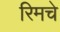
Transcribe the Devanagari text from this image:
रिमचे